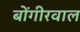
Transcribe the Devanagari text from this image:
बोंगीरवाल